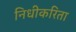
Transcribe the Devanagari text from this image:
निधीकरिता